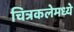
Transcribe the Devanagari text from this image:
चित्रकलेमध्ये